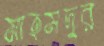
মাহমদুর